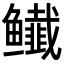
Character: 𬶸